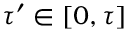
\tau ^ { \prime } \in [ 0 , \tau ]